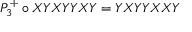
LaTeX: P _ { 3 } ^ { + } \circ X Y X Y Y X Y = Y X Y Y X X Y